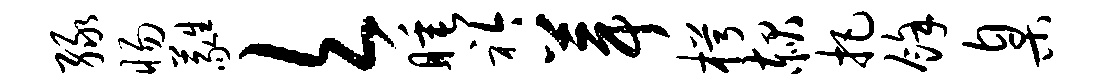
绿惕蕤欠睡衿葺枵赧把余臬